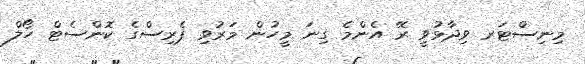
މިނިސްޓަރ ވިދާޅުވީ ރޭ އެންމެ ގިނަ މީހުން މަރުވި ޕެރިސްގެ ކޮންސެޓް ހޯލް